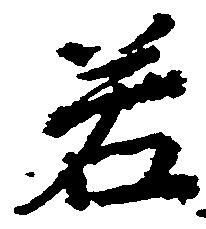
若